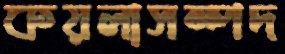
কয়লাসম্পদ